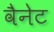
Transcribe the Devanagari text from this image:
वैनेट